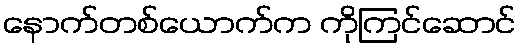
နောက်တစ်ယောက်က ကိုကြင်ဆောင်